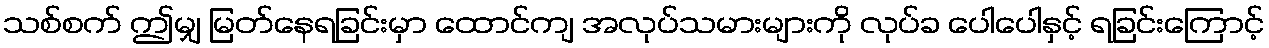
သစ်စက် ဤမျှ မြတ်နေရခြင်းမှာ ထောင်ကျ အလုပ်သမားများကို လုပ်ခ ပေါပေါနှင့် ရခြင်းကြောင့်